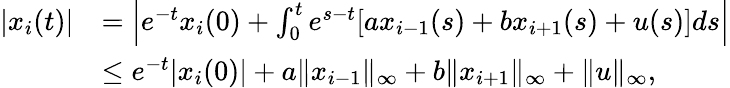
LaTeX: \begin{array}{rl}{|x_{i}(t)|}&{=\Big|e^{-t}x_{i}(0)+\int_{0}^{t}e^{s-t}[ax_{i-1}(s)+bx_{i+1}(s)+u(s)]ds\Big|}\\ &{\leq e^{-t}|x_{i}(0)|+a\| x_{i-1}\| _{\infty}+b\| x_{i+1}\| _{\infty}+\| u\| _{\infty},}\end{array}